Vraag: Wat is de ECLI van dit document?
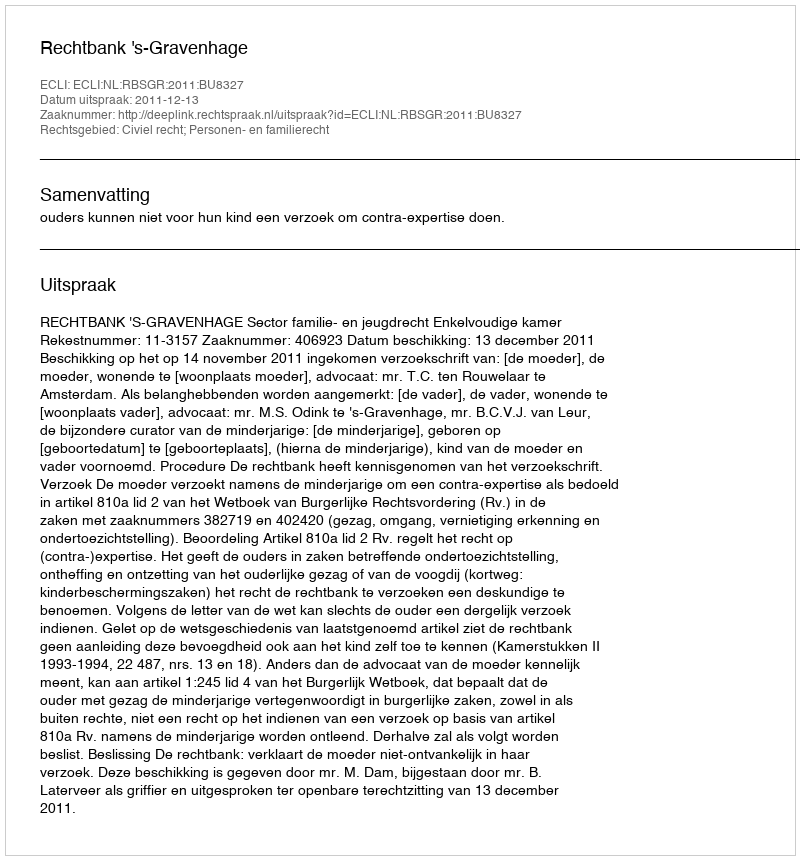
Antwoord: ECLI:NL:RBSGR:2011:BU8327